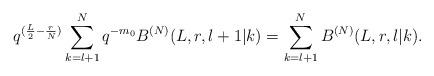
LaTeX: \begin{align*}q^{(\frac{L}{2}-\frac{r}{N})}\sum_{k=l+1}^N q^{-m_0}B^{(N)}(L,r,l+1|k)=\sum_{k=l+1}^N B^{(N)}(L,r,l|k).\end{align*}